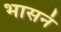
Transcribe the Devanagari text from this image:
भासनं